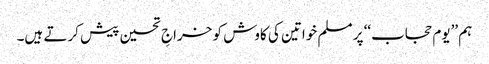
ہم ’’یوم حجاب‘‘ پر مسلم خواتین کی کاوش کو خراجِ تحسین پیش کرتے ہیں۔